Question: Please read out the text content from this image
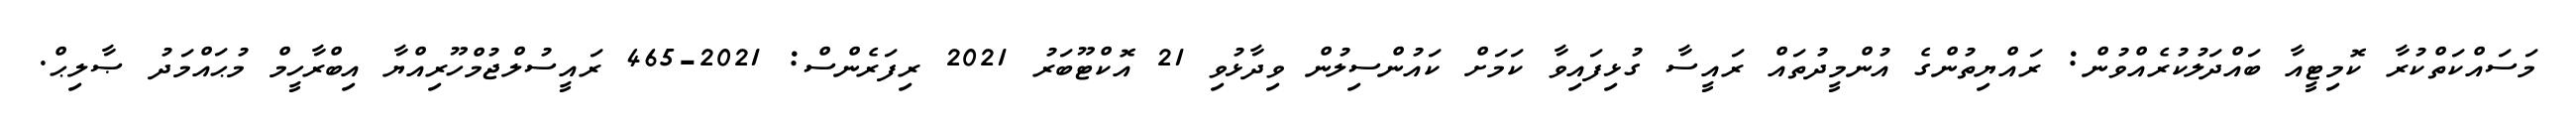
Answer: މަސައްކަތްކުރާ ކޮމިޓީއާ ބައްދަލުކުރެއްވުން: ރައްޔިތުންގެ އުންމީދުތައް ރައީސާ ގުޅިފައިވާ ކަމަށް ކައުންސިލުން ވިދާޅުވި 21 އޮކްޓޫބަރު 2021 ރިފަރެންސް: 2021-465 ރައީސުލްޖުމްހޫރިއްޔާ އިބްރާހީމް މުޙައްމަދު ޞާލިޙް.